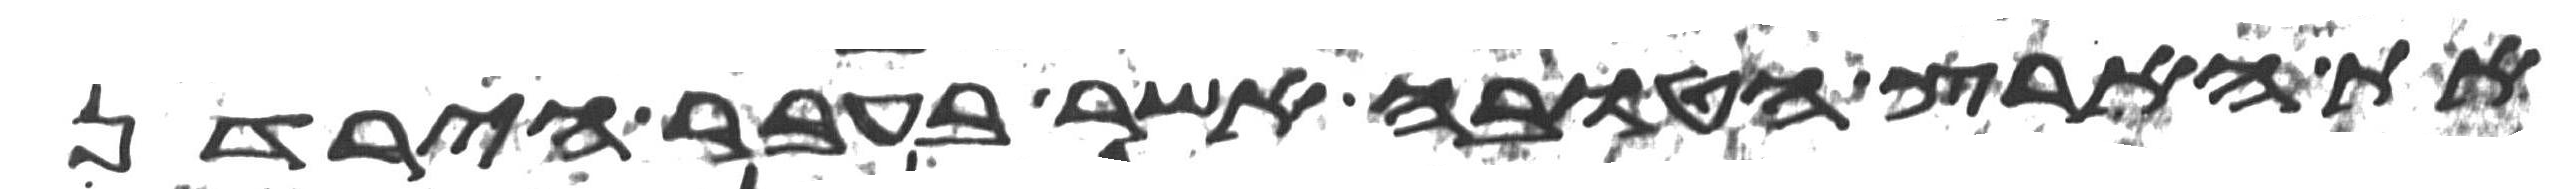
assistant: את הארץ הטובה אשר בעבר הירדן